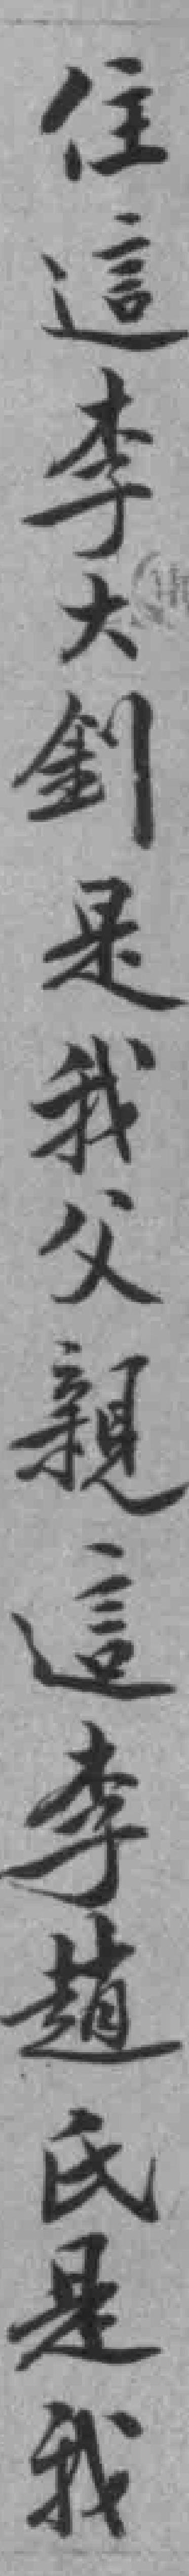
住這李大釗是我父親這李趙氏是我